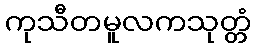
ကုသီတမူလကသုတ္တံ